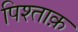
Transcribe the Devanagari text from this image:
पिश्ताक़